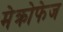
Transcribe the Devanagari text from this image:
मेक्रोफेज